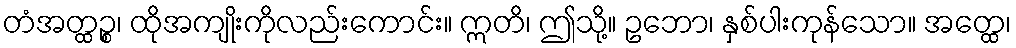
တံအတ္ထဉ္စ၊ ထိုအကျိုးကိုလည်းကောင်း။ ဣတိ၊ ဤသို့။ ဥဘော၊ နှစ်ပါးကုန်သော။ အတ္ထေ၊